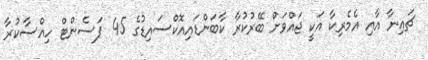
ޗައިނާ އާއި އެމެރިކާ އަކީ ޖައްވަށް ބޭރުކުރާ ކާބަންޑައިއޮކްސައިޑުގެ 45 ޕަސެންޓް ހިއްސާކުރާ